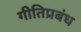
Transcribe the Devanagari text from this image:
गीतिप्रबंध